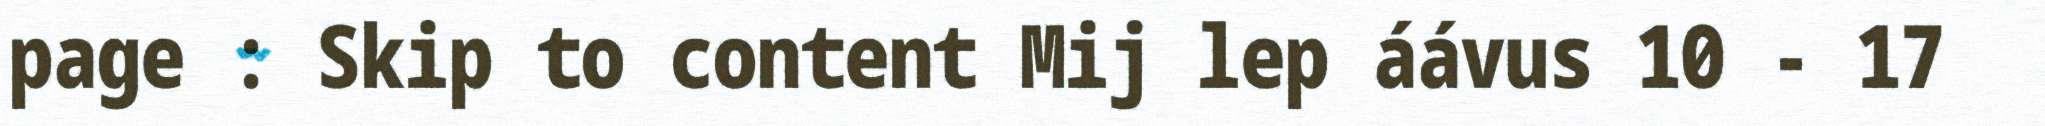
page : Skip to content Mij lep áávus 10 - 17